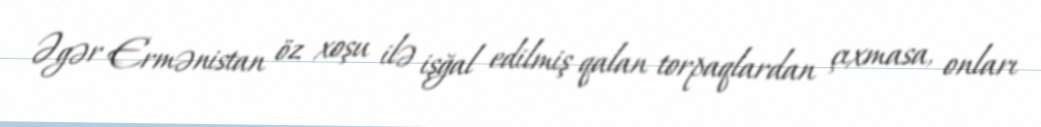
Əgər Ermənistan öz xoşu ilə işğal edilmiş qalan torpaqlardan çıxmasa, onları